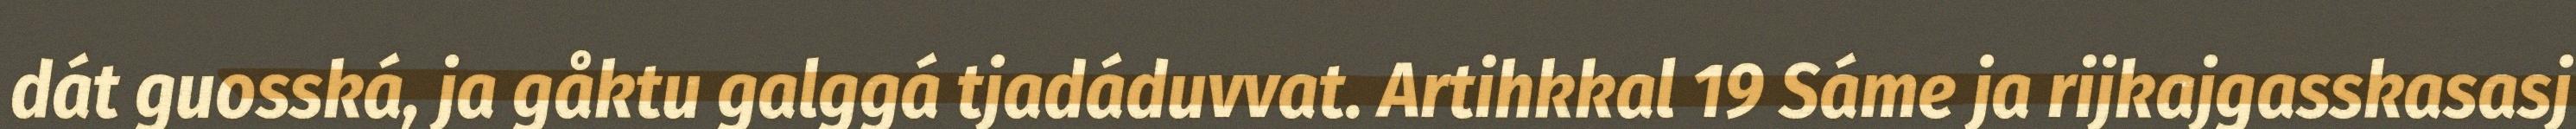
dát guosská, ja gåktu galggá tjadáduvvat. Artihkkal 19 Sáme ja rijkajgasskasasj